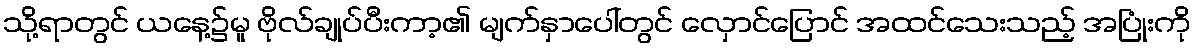
သို့ရာတွင် ယနေ့၌မူ ဗိုလ်ချုပ်ပီးကာ့၏ မျက်နှာပေါ်တွင် လှောင်ပြောင် အထင်သေးသည့် အပြုံးကို